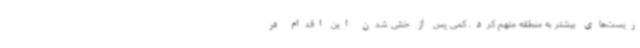
ریست‌های بیشتر به منطقه متهم کرد. کمی پس از خنثی شدن این اقدام در